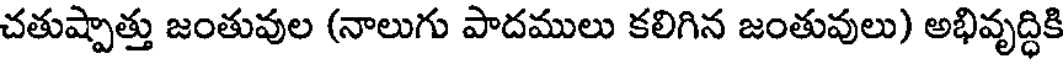
చతుష్పాత్తు జంతువుల (నాలుగు పాదములు కలిగిన జంతువులు) అభివృద్ధికి